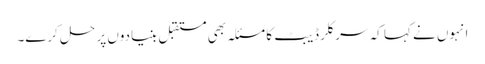
انہوں نے کہا کہ سرکلر ڈیبٹ کا مسئلہ بھی مستقبل بنیادوں پر حل کرے۔